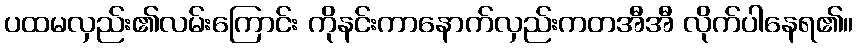
ပထမလှည်း၏လမ်းကြောင်း ကိုနင်းကာနောက်လှည်းကတအီအီ လိုက်ပါနေရ၏။